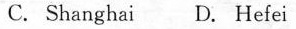
C.Shanghai D. Hefei